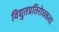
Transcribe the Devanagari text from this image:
विद्युतप्रतिरोधकता